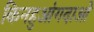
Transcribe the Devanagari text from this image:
किनहुआंगदाओ